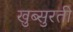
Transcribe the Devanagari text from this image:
खुब्सुरती